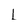
Character: L